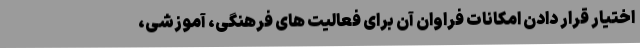
اختیار قرار دادن امکانات فراوان آن برای فعالیت های فرهنگی، آموزشی،